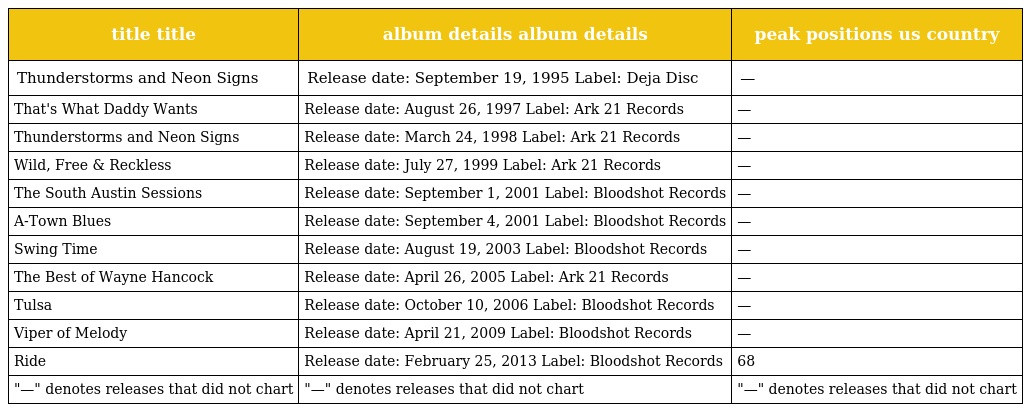
| title title | album details album details | peak positions us country |
 | --- | --- | --- |
 | Thunderstorms and Neon Signs | Release date: September 19, 1995 Label: Deja Disc | — |
 | That's What Daddy Wants | Release date: August 26, 1997 Label: Ark 21 Records | — |
 | Thunderstorms and Neon Signs | Release date: March 24, 1998 Label: Ark 21 Records | — |
 | Wild, Free & Reckless | Release date: July 27, 1999 Label: Ark 21 Records | — |
 | The South Austin Sessions | Release date: September 1, 2001 Label: Bloodshot Records | — |
 | A-Town Blues | Release date: September 4, 2001 Label: Bloodshot Records | — |
 | Swing Time | Release date: August 19, 2003 Label: Bloodshot Records | — |
 | The Best of Wayne Hancock | Release date: April 26, 2005 Label: Ark 21 Records | — |
 | Tulsa | Release date: October 10, 2006 Label: Bloodshot Records | — |
 | Viper of Melody | Release date: April 21, 2009 Label: Bloodshot Records | — |
 | Ride | Release date: February 25, 2013 Label: Bloodshot Records | 68 |
 | "—" denotes releases that did not chart | "—" denotes releases that did not chart | "—" denotes releases that did not chart |